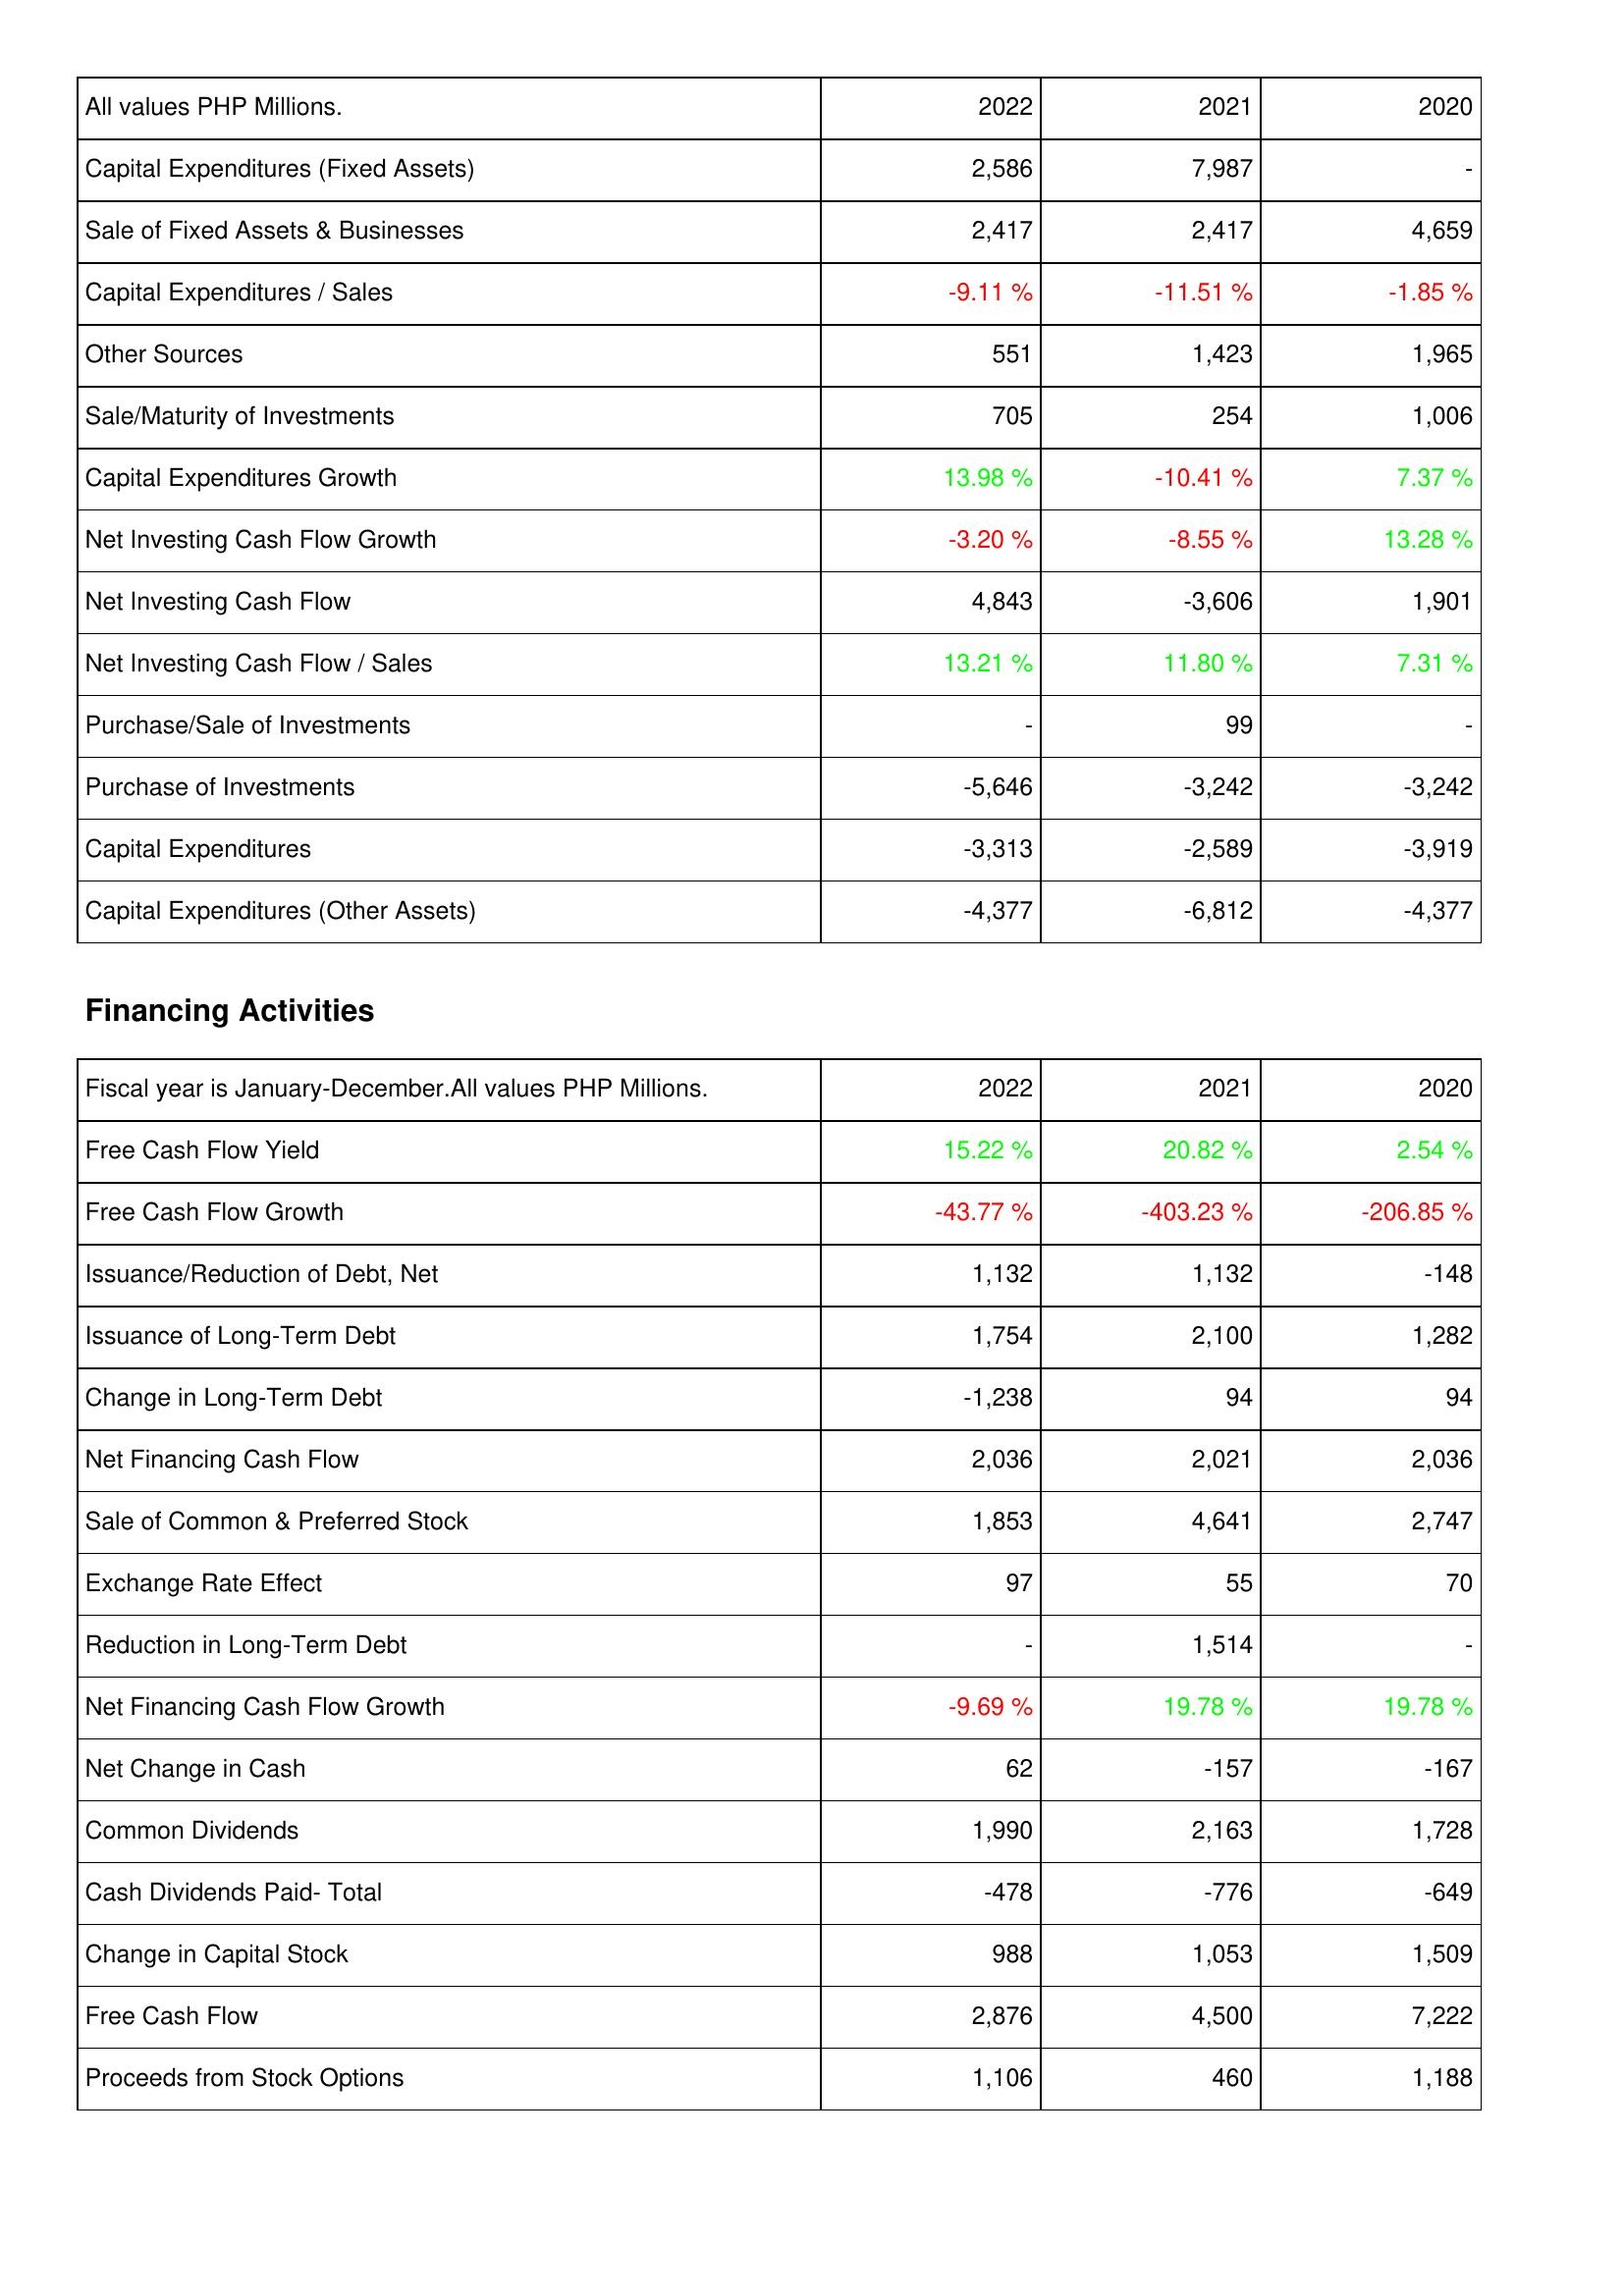
2022: Investing Activities: Capital Expenditures (Fixed Assets): 2,586
Sale of Fixed Assets & Businesses: 2,417
Capital Expenditures / Sales: -9.11 %
Other Sources: 551
Sale/Maturity of Investments: 705
Capital Expenditures Growth: 13.98 %
Net Investing Cash Flow Growth: -3.20 %
Net Investing Cash Flow: 4,843
Net Investing Cash Flow / Sales: 13.21 %
Purchase/Sale of Investments: -
Purchase of Investments: -5,646
Capital Expenditures: -3,313
Capital Expenditures (Other Assets): -4,377
Financing Activities: Free Cash Flow Yield: 15.22 %
Free Cash Flow Growth: -43.77 %
Issuance/Reduction of Debt, Net: 1,132
Issuance of Long-Term Debt: 1,754
Change in Long-Term Debt: -1,238
Net Financing Cash Flow: 2,036
Sale of Common & Preferred Stock: 1,853
Exchange Rate Effect: 97
Reduction in Long-Term Debt: -
Net Financing Cash Flow Growth: -9.69 %
Net Change in Cash: 62
Common Dividends: 1,990
Cash Dividends Paid- Total: -478
Change in Capital Stock: 988
Free Cash Flow: 2,876
Proceeds from Stock Options: 1,106
2021: Investing Activities: Capital Expenditures (Fixed Assets): 7,987
Sale of Fixed Assets & Businesses: 2,417
Capital Expenditures / Sales: -11.51 %
Other Sources: 1,423
Sale/Maturity of Investments: 254
Capital Expenditures Growth: -10.41 %
Net Investing Cash Flow Growth: -8.55 %
Net Investing Cash Flow: -3,606
Net Investing Cash Flow / Sales: 11.80 %
Purchase/Sale of Investments: 99
Purchase of Investments: -3,242
Capital Expenditures: -2,589
Capital Expenditures (Other Assets): -6,812
Financing Activities: Free Cash Flow Yield: 20.82 %
Free Cash Flow Growth: -403.23 %
Issuance/Reduction of Debt, Net: 1,132
Issuance of Long-Term Debt: 2,100
Change in Long-Term Debt: 94
Net Financing Cash Flow: 2,021
Sale of Common & Preferred Stock: 4,641
Exchange Rate Effect: 55
Reduction in Long-Term Debt: 1,514
Net Financing Cash Flow Growth: 19.78 %
Net Change in Cash: -157
Common Dividends: 2,163
Cash Dividends Paid- Total: -776
Change in Capital Stock: 1,053
Free Cash Flow: 4,500
Proceeds from Stock Options: 460
2020: Investing Activities: Capital Expenditures (Fixed Assets): -
Sale of Fixed Assets & Businesses: 4,659
Capital Expenditures / Sales: -1.85 %
Other Sources: 1,965
Sale/Maturity of Investments: 1,006
Capital Expenditures Growth: 7.37 %
Net Investing Cash Flow Growth: 13.28 %
Net Investing Cash Flow: 1,901
Net Investing Cash Flow / Sales: 7.31 %
Purchase/Sale of Investments: -
Purchase of Investments: -3,242
Capital Expenditures: -3,919
Capital Expenditures (Other Assets): -4,377
Financing Activities: Free Cash Flow Yield: 2.54 %
Free Cash Flow Growth: -206.85 %
Issuance/Reduction of Debt, Net: -148
Issuance of Long-Term Debt: 1,282
Change in Long-Term Debt: 94
Net Financing Cash Flow: 2,036
Sale of Common & Preferred Stock: 2,747
Exchange Rate Effect: 70
Reduction in Long-Term Debt: -
Net Financing Cash Flow Growth: 19.78 %
Net Change in Cash: -167
Common Dividends: 1,728
Cash Dividends Paid- Total: -649
Change in Capital Stock: 1,509
Free Cash Flow: 7,222
Proceeds from Stock Options: 1,188